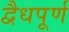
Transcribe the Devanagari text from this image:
द्वैधपूर्ण